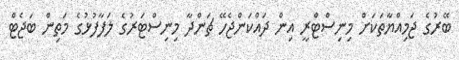
ބޭރުގެ ޖަމިއްޔާތަކަށް މިނިސްޓްރީ އިން ދައްކަންޖެހޭ ޗަންދާ މިނިސްޓަރުގެ ލަފާފުޅުގެ މަތިން ބަޖެޓް